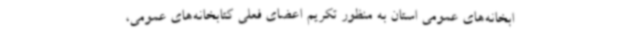
ابخانه‌های عمومی استان به منظور تکریم اعضای فعلی کتابخانه‌های عمومی،